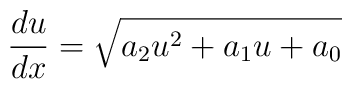
\frac{du}{dx}=\sqrt{a_{2}u^{2}+a_{1}u+a_{0}}